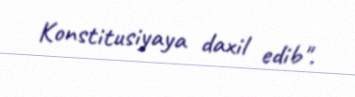
Konstitusiyaya daxil edib".